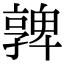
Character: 𡦟